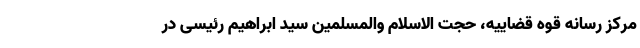
مرکز رسانه قوه قضاییه، حجت الاسلام والمسلمین سید ابراهیم رئیسی در